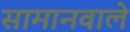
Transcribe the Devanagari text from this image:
सामानवाले